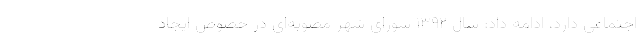
اجتماعی دارد، ادامه داد: سال ۱۳۹۲ شورای شهر مصوبه‌ای در خصوص ایجاد